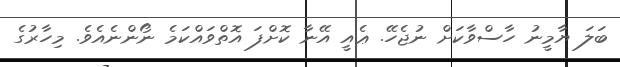
ބަލަ ޔާމީނު ހާސްވާކަށް ނުޖެހޭ. ޢެއީ އޭނާ ކޮށްފަ އޮތްވައްކަމެ ނޯންނެއެވެ. މިހާރުގެ